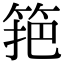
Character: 筢